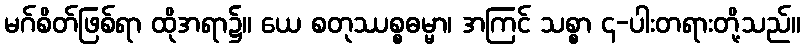
မဂ်စိတ်ဖြစ်ရာ ထိုအရာ၌။ ယေ စတုဿစ္စဓမ္မာ၊ အကြင် သစ္စာ ၄-ပါးတရားတို့သည်။